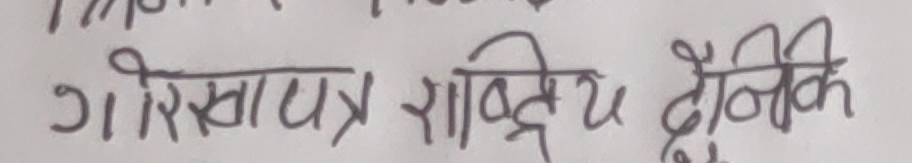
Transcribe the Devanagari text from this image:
गोरखापत्र राष्ट्रिय दैनिकि